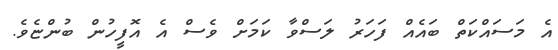
އެ މަސައްކަތް ބައެއް ފަހަރު ލަސްވާ ކަމަށް ވެސް އެ އޮފީހުން ބުންޏެވެ.